Madras plague regulations in force outside the Presidency town - Volume 1
Disease focus: Plague
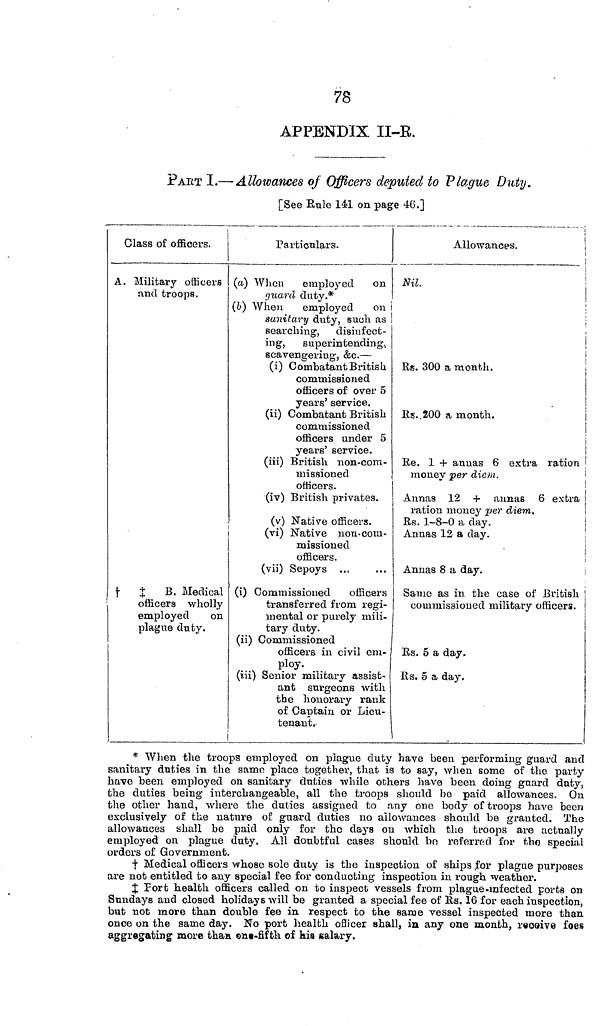
78
APPENDIX II-E.
PART I.— Allowances of Officers deputed to Plague Duty.
[See Rule 141 on page 46.]
Class of officers.
A. Military officers
and troops.
t
B. Medical
officers wholly
employed
on
plague duty.
Particulars.
(a) When employed on
guard duty.*
(b) When employed 011
sanitary duty, such as
searching, disiufect-
ing, superintending.,
scavengering, &c. —
(i) Combatant British
commissioned
officers of over 5
years' service,
(ii) Combatant British
commissioned
officers under 5
years' service,
(iii) British non-com-
missioned
officers,
(iv) British privates.
(v) Native officers.
i
(vi) Native non-com-
missioned
officers,
(vii) Sepoys ..,
(i) Commissioned officers
transferred from regi-
mental or purely mili-
tary duty,
(ii) Commissioned
officers in civil em-
ploy,
(iii) Senior military assist-
ant surgeons with
the honorary rank
of Captain or Lieu-
tenant.
Allowances.
Nil.
Rs. 300 a month.
Rs.,200 a month.
Re. 1 + annas 6 extra ration
money per diem.
Annas 12 + annas 6 extra
ration money per diem.
Es. 1-8-0 a day.
Annas 12 a day.
Annas 8 a day.
Samo as in the case of British
commissioned military officers.
Rs. 5 a day.
Rs. 5 a day.
* When the troops employed on plague duty have been performing guard and
sanitary duties in the samo place together, that is to say, when some of the party
have been employed on sanitary duties while others have been doing guard duty,
the duties being interchangeable, all the troops should bo paid allowances. On
the other hand, where the duties assigned to any one body of troops have been
exclusively of the nature of guard duties no allowances should be granted. The
allowances shall be paid only for the days on which the troops are actually
employed on plague duty. All doubtful cases should bo referred for the special
orders of Government.
t Medical officers whoso sole diity is the inspection of ships for plague purposes
are not entitled to any special fee for conducting inspection in rough, weather.
Fort health officers called on to inspect vessels from plague-infected ports on
Sundays and closed holidays will be granted a special fee of Us. 16 for each inspection,
but not more than double fee in respect to the same vessel inspected more than
once on the same day. No port health officer shall, in any one month, receive foes
aggregating more than on-fifth of his salary.